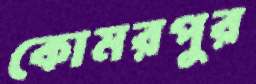
কোমরপুর